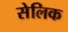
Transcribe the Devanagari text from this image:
सेलिक